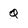
Character: q